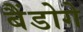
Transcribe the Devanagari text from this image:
बैंडोगे